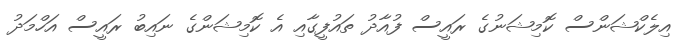
އިލެކްޝަންސް ކޮމިޝަނުގެ ރައީސް ފުއާދު ތައުފީގާއި އެ ކޮމިޝަންގެ ނައިބު ރައީސް އަހްމަދު